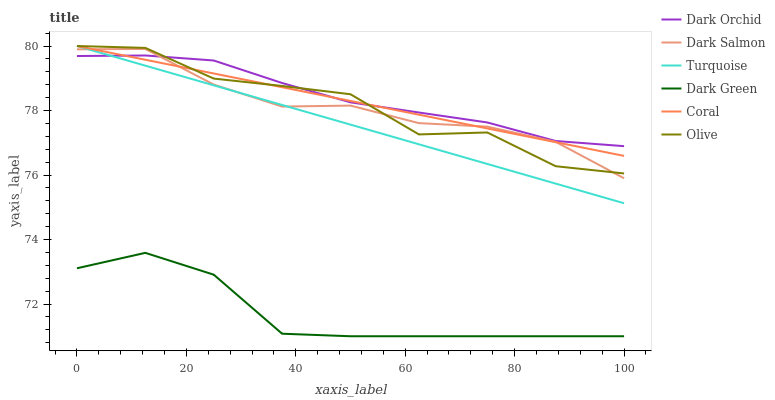
| xaxis_label | Dark Orchid | Dark Salmon | Turquoise | Dark Green | Coral | Olive |
 | --- | --- | --- | --- | --- | --- | --- |
 | 0 | 79.7 | 79.9 | 80 | 73.1 | 80 | 80 |
 | 12.5 | 79.7 | 79.9 | 79.4 | 73.6 | 79.6 | 79.9 |
 | 25 | 79.6 | 78.8 | 78.8 | 72.9 | 79.1 | 79 |
 | 37.5 | 78.9 | 78.1 | 78.2 | 71.1 | 78.7 | 78.8 |
 | 50 | 78.3 | 78.2 | 77.6 | 71 | 78.3 | 78.5 |
 | 62.5 | 77.9 | 77.6 | 77 | 71 | 77.9 | 77.3 |
 | 75 | 77.6 | 77.5 | 76.3 | 71 | 77.4 | 77.3 |
 | 87.5 | 77.1 | 77 | 75.7 | 71 | 77 | 76.3 |
 | 100 | 76.9 | 75.9 | 75.1 | 71 | 76.6 | 76 |